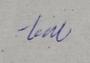
Signature authenticity: genuine